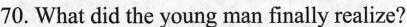
70.What did the young man finally realize?